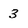
Character: 3